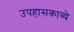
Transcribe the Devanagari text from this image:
उपहासकाव्ये